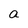
Character: a